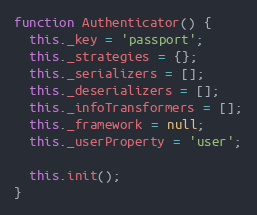
Language: JavaScript
function Authenticator() {
  this._key = 'passport';
  this._strategies = {};
  this._serializers = [];
  this._deserializers = [];
  this._infoTransformers = [];
  this._framework = null;
  this._userProperty = 'user';

  this.init();
}